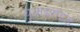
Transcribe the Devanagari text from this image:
यूथाइरॉइड